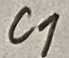
Text: C1